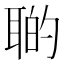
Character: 𦖡